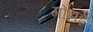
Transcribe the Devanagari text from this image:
गोहार्इं